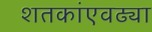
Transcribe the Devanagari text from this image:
शतकांएवढ्या